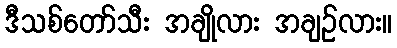
ဒီသစ်တော်သီး အချိုလား အချဉ်လား။